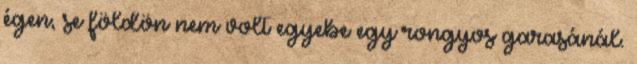
égen, se földön nem volt egyebe egy rongyos garasánál.